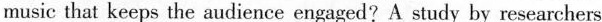
music that keeps the audience engaged?A study by researchers